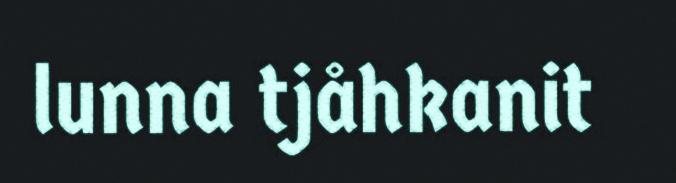
lunna tjåhkanit